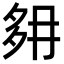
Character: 𡖔